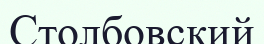
Столбовский